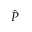
\hat { P }